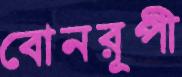
বোনরূপী